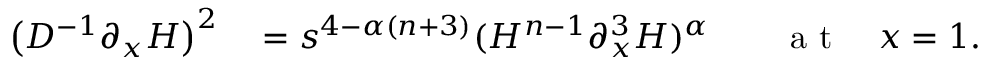
\begin{array} { r l r l } { \big ( D ^ { - 1 } \partial _ { x } H \big ) ^ { 2 } } & { { } = s ^ { 4 - \alpha ( n + 3 ) } ( H ^ { n - 1 } \partial _ { x } ^ { 3 } H ) ^ { \alpha } } & { } & { { } \mathrm { ~ a ~ t ~ } \quad x = 1 . } \end{array}